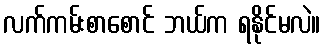
လက်ကမ်းစာစောင် ဘယ်က ရနိုင်မလဲ။